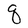
Character: q